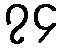
၇၄